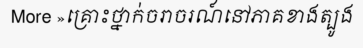
More »គ្រោះថ្នាក់ចរាចរណ៍នៅភាគខាងត្បូង